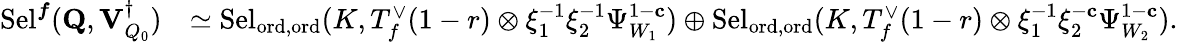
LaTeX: \begin{array}{rl}{\mathrm{Sel}^{{\boldsymbol{f}}}(\mathbf{Q},{\mathbf{V}_{Q_{0}}^{\dagger}})}&{\simeq\mathrm{Sel}_{{\mathrm{ord},\mathrm{ord}}}(K,T_{f}^{\vee}(1-r)\otimes\xi_{1}^{-1}\xi_{2}^{-1}\Psi_{W_{1}}^{1-\mathbf{c}})\oplus\mathrm{Sel}_{{\mathrm{ord},\mathrm{ord}}}(K,T_{f}^{\vee}(1-r)\otimes\xi_{1}^{-1}\xi_{2}^{-\mathbf{c}}\Psi_{W_{2}}^{1-\mathbf{c}}).}\end{array}